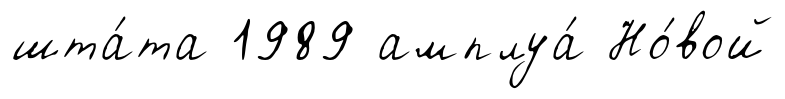
шта́та 1989 амплуа́ Но́вой